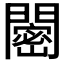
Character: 𬮒